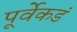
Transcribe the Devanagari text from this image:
पूर्वेकडं